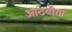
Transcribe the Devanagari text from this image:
आठवीता